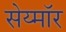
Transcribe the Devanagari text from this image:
सेय्मॉर